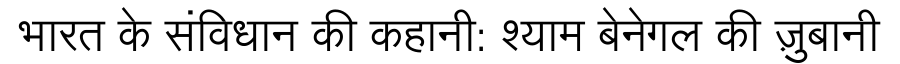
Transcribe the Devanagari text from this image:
भारत के संविधान की कहानी: श्याम बेनेगल की ज़ुबानी